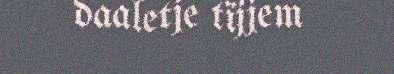
daaletje tïjjem